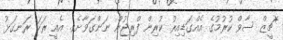
*ޗީޒް ސާވް ކުރުމުގެ އެއްގަޑިއިރު ކުރިން ފްރިޖުން ނަންގަވާށެވެ. އެއީ ރަހަ ރަނގަޅު